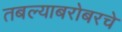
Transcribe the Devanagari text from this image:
तबल्याबरोबरचे